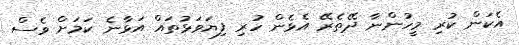
އެކަން ކުރި މީހުންނާ ދޭތެރޭ އެޅެން ހުރި ފިޔަވަޅުތައް އަޅާނެ ކަމަށް ވެސް